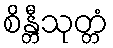
စိန္တီသုတ္တံ